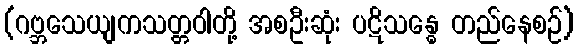
(ဂဗ္ဘသေယျကသတ္တဝါတို့ အစဦးဆုံး ပဋိသန္ဓေ တည်နေစဉ်)